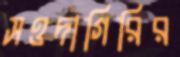
সওদাগিরির